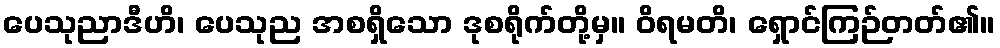
ပေသုညာဒီဟိ၊ ပေသုည အစရှိသော ဒုစရိုက်တို့မှ။ ဝိရမတိ၊ ရှောင်ကြဉ်တတ်၏။